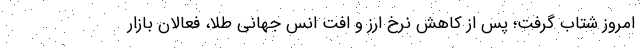
امروز شتاب گرفت؛ پس از کاهش نرخ ارز و افت انس جهانی طلا، فعالان بازار